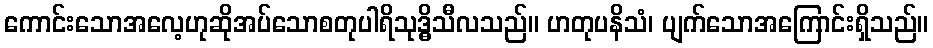
ကောင်းသောအလေ့ဟုဆိုအပ်သောစတုပါရိသုဒ္ဓိသီလသည်။ ဟတုပနိသံ၊ ပျက်သောအကြောင်းရှိသည်။